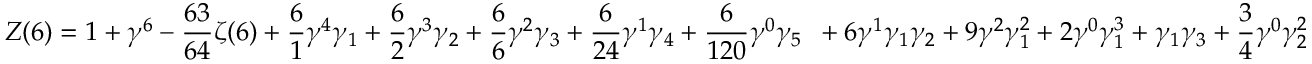
Z ( 6 ) = 1 + \gamma ^ { 6 } - \frac { 6 3 } { 6 4 } \zeta ( 6 ) + \frac { 6 } { 1 } \gamma ^ { 4 } \gamma _ { 1 } + \frac { 6 } { 2 } \gamma ^ { 3 } \gamma _ { 2 } + \frac { 6 } { 6 } \gamma ^ { 2 } \gamma _ { 3 } + \frac { 6 } { 2 4 } \gamma ^ { 1 } \gamma _ { 4 } + \frac { 6 } { 1 2 0 } \gamma ^ { 0 } \gamma _ { 5 } \, \, \, + 6 \gamma ^ { 1 } \gamma _ { 1 } \gamma _ { 2 } + 9 \gamma ^ { 2 } \gamma _ { 1 } ^ { 2 } + 2 \gamma ^ { 0 } \gamma _ { 1 } ^ { 3 } + \gamma _ { 1 } \gamma _ { 3 } + \frac 3 4 \gamma ^ { 0 } \gamma _ { 2 } ^ { 2 }